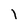
Character: l